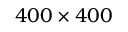
4 0 0 \times 4 0 0